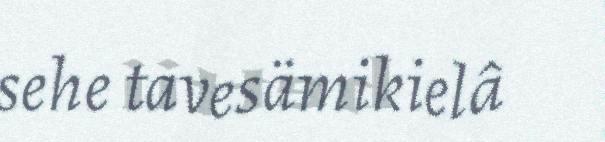
sehe tavesämikielâ